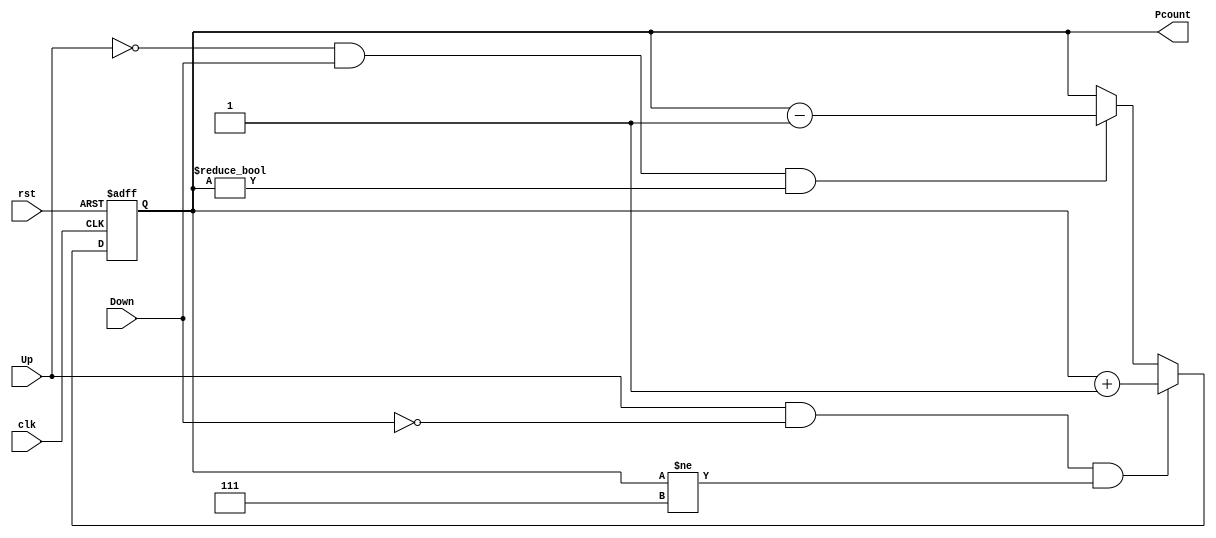
`timescale 1ns / 1ps
//////////////////////////////////////////////////////////////////////////////////
// Company: 
// Engineer: 
// 
// Design Name: 
// Module Name: QueueCounter
// Project Name: 
// Target Devices: 
// Tool Versions: 
// Description: 
// 
// Dependencies: 
// 
// Revision:
// Revision 0.01 - File Created
// Additional Comments:
// 
//////////////////////////////////////////////////////////////////////////////////


module QueueCounter(
    input clk,
    input rst,
    input Up,
    input Down,
    output [2:0] Pcount
    );
    
    reg [2:0] Counter;
    wire upDown;                          // Initialise register counter_up to find up counter states
    always @(posedge clk or posedge rst)          // Postive edge triggered circuit
    begin
        if(rst)
            begin
                Counter= 4'b0000;                  // If reset==1, set counter to 0000
            end
        else if (Up==1'b1 && Down==1'b0 && (Counter!=3'b111))  
            begin
                Counter = Counter + 4'b1;     // Else, add 0001 to counter
            end  
       else if(Up==1'b0 && Down==1'b1 && (Counter!=3'b000))  
            begin
              Counter = Counter - 4'b1;     // Else, add 0001 to counter
            end
        else
        begin
        Counter=Counter;
        end               
    end 
    
    assign Pcount=Counter;
    
    
    
endmodule